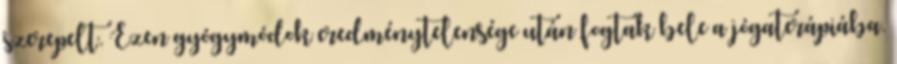
szerepelt. Ezen gyógymódok eredménytelensége után fogtak bele a jógaterápiába.